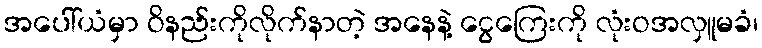
အပေါ်ယံမှာ ဝိနည်းကိုလိုက်နာတဲ့ အနေနဲ့ ငွေကြေးကို လုံးဝအလှူမခံ၊